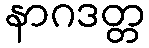
နာဂဒတ္တ